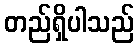
တည်ရှိပါသည်